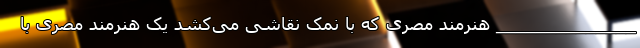
______________ هنرمند مصری که با نمک نقاشی می‌کشد یک هنرمند مصری با